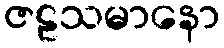
ဇဠသမာနော